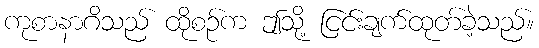
ကုစာနာဂိသည် ထိုစဉ်က ဤသို့ ငြင်းချက်ထုတ်ခဲ့သည်။